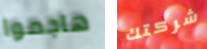
هاجموا شركتك